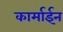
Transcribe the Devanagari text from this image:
कार्माईन